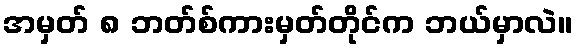
အမှတ် ၈ ဘတ်စ်ကားမှတ်တိုင်က ဘယ်မှာလဲ။